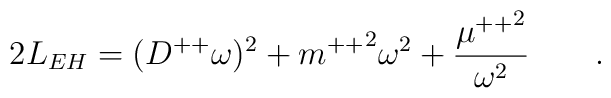
2L_{EH}=(D^{++}\omega)^2+{m^{++}}^2\omega^2+{{\mu^{++}}^2\over {\omega^2}}\qquad .